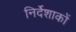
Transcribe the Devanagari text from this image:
निर्देशाकों